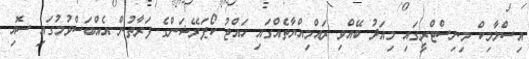
އިސްލާމިކް މިނިސްޓްރީގައި މިއަދު ބޭއްވި ރައްމިއްޔާތެއްގައި ހައްޖު ކޯޕަރޭޝަންގެ ފަރާތުން އެއްބަސްވުމުގައި ސޮއި